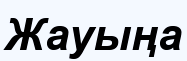
Жауыңа